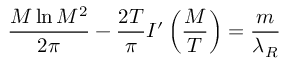
\frac { M \ln M ^ { 2 } } { 2 \pi } - { \frac { 2 T } { \pi } } I ^ { \prime } \left( \frac { M } { T } \right) = \frac { m } { \lambda _ { R } }